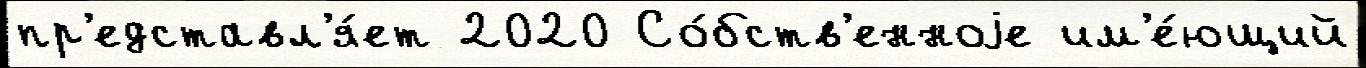
пр'едставл'я́ет 2020 Со́бств'енноjе им'е́ющий